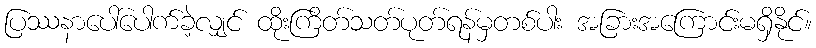
ပြဿနာပေါ်ပေါက်ခဲ့လျှင် ထိုးကြိတ်သတ်ပုတ်ရန်မှတစ်ပါး အခြားအကြောင်းမရှိနိုင်။